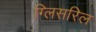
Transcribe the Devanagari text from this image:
ग्लिसरिल